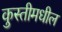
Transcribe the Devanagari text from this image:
कुस्तीमधील